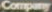
Company